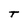
Character: T